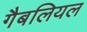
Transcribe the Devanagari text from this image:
गैबलियल